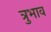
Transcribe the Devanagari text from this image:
त्रुभाव